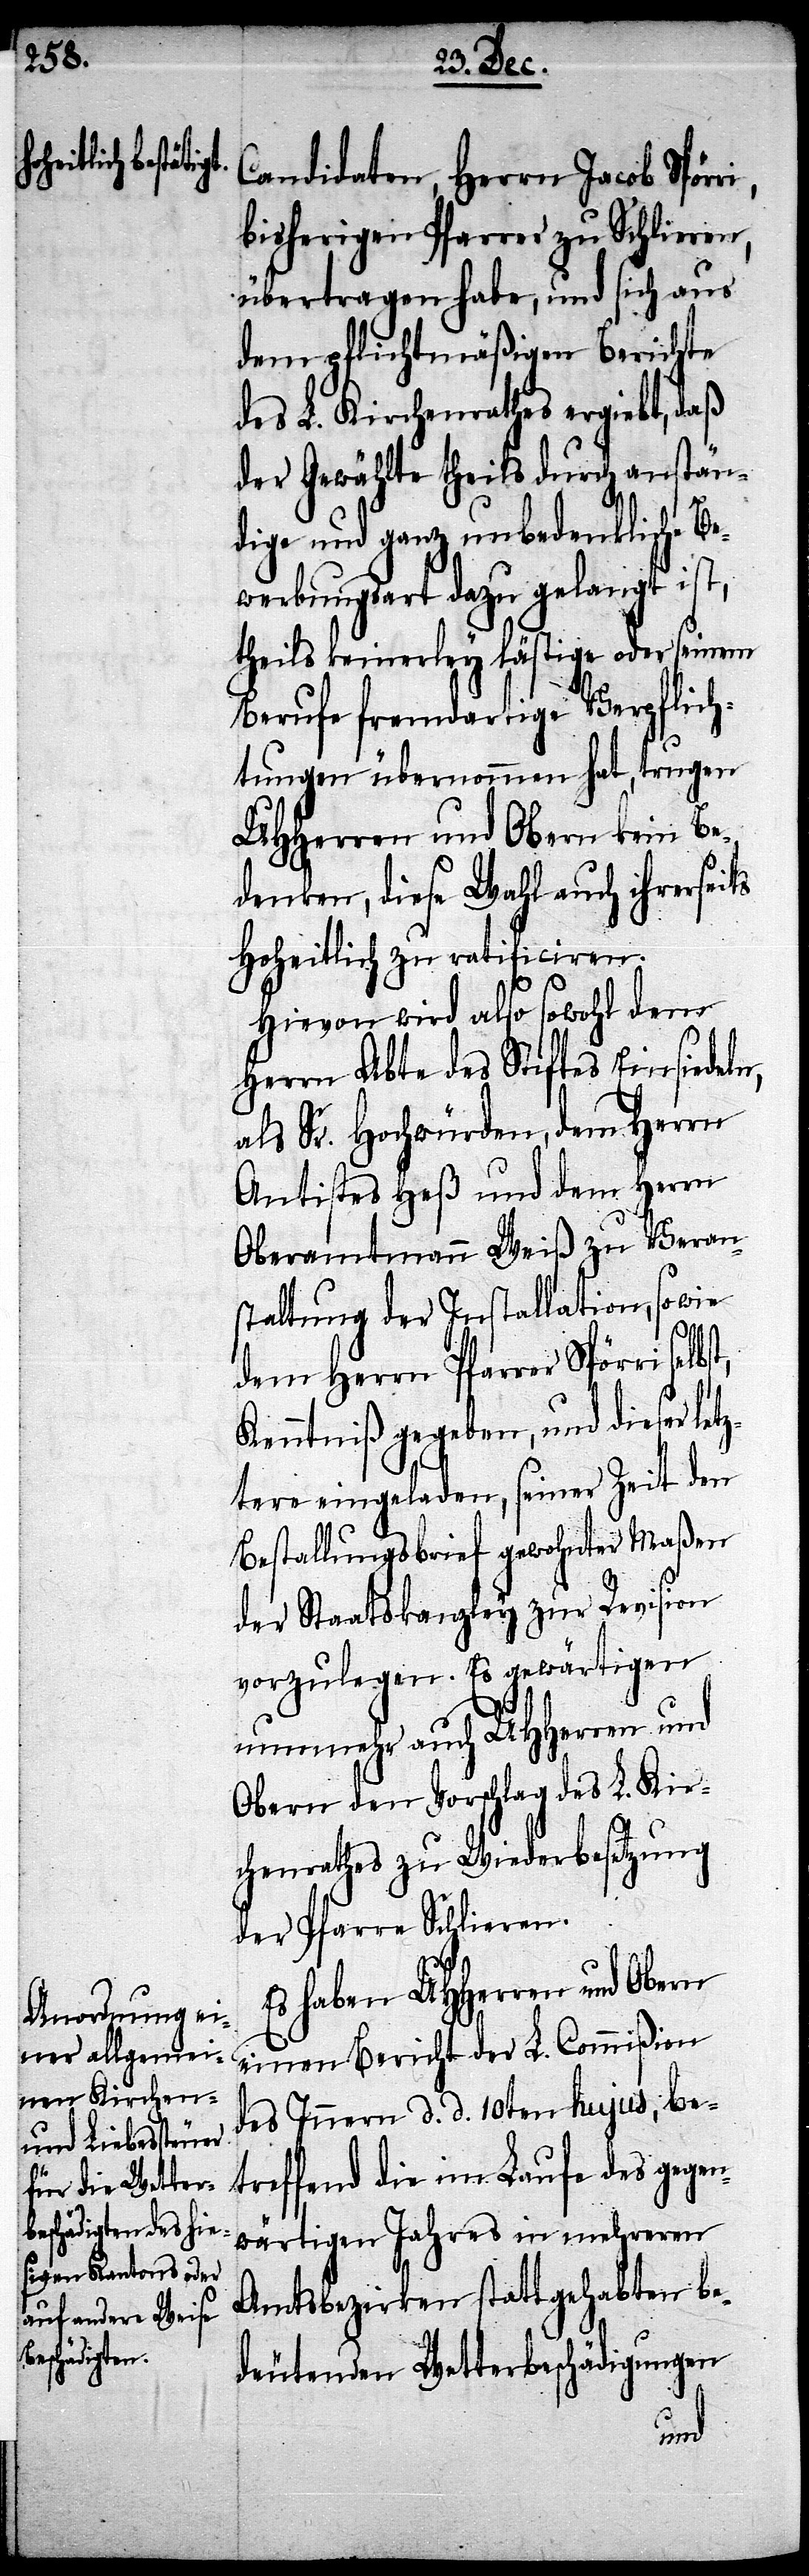
Candidaten, Herrn Jacob Spör¬
bisherigen Pfarrer zu Schlieren,
übertragen habe, und sich aus
dem pflichtmäßigen Berichte
des L. Kirchenrathes ergiebt, daß
der Gewählte theils durch anstän¬
dige und ganz unbedenkliche Be¬
werbungsart dazu gelangt ist,
theile keinerley lästige oder seinem
Berufe fremdartige Verpflich¬
tungen übernommen hat, trugen
UHHerren und Obern kein Be¬
denken, diese Wahl auch ihrerseits
Hoheitlich zu ratificiren.
Hievon wird also sowohl dem
Herrn Abte des Stiftes Einsiedeln,
als Sr. Hochwürden, dem Herrn
Antistes Heß und dem Herrn
Oberamtmann Weiß zu Veran¬
staltung der Installation, so wie
dem Herrn Pfarrer Spörri
Kenntniß gegeben, und dieser letz¬
tere eingeladen, seiner Zeit den
Bestallungsbrief gewohnter Maßen
der Staatskanzley zur Revision
vorzulegen. Es gewärtigen
nunmehr auch UHHerren und
Obern den Vorschlag des L. Kir¬
chenrathes zu Wiederbesetzung
der Pfarre Schlieren.
Es haben UHHerren und Obern
einen Bericht der L. Commißion
des Innern d. d. 10ten hujus, be¬
treffend die im Laufe des gegen¬
wärtigen Jahres in mehreren
Amtsbezirken statt gehabten be¬
deutenden Wetterbeschädigten
ri,